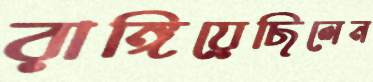
রাঙ্গিয়েছিলেন